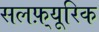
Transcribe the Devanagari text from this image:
सलफ़्यूरिक